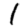
Digit: 1